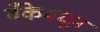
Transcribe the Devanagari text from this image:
बँकेमधून